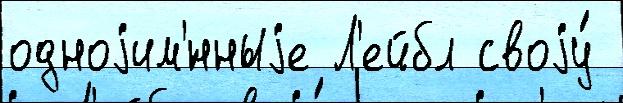
одноjим'́нныjе Л'ейбл своjу́